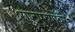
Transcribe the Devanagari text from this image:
राष्ट्रपुरुषांवर